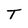
Character: T